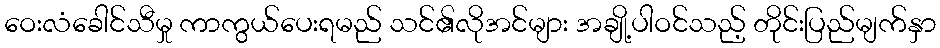
ဝေးလံခေါင်သီမှု ကာကွယ်ပေးရမည် သင်၏လိုအင်များ အချို့ပါဝင်သည့် တိုင်းပြည်မျက်နှာ